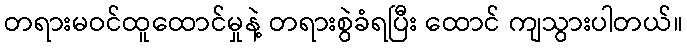
တရားမဝင်ထူထောင်မှုနဲ့ တရားစွဲခံရပြီး ထောင် ကျသွားပါတယ်။